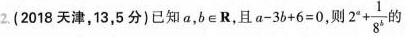
2.(2018天津，13，5分)已知a，$$b \in R$$，且$$a - 3 b + 6 = 0$$，则 $$2 ^ { a } + \frac { 1 } { 8 ^ { b } }$$的